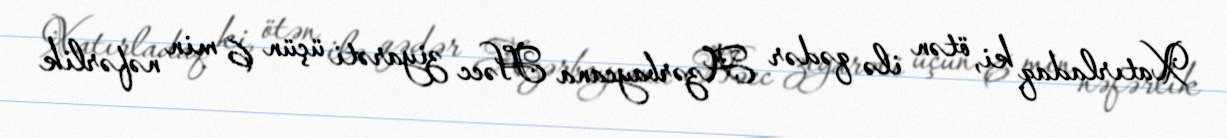
Xatırladaq ki, ötən ilə qədər Azərbaycana Həcc ziyarəti üçün 6 min nəfərlik